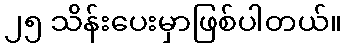
၂၅ သိန်းပေးမှာဖြစ်ပါတယ်။